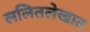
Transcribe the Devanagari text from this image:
ललितलेखात